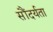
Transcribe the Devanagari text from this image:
सौंदर्यता